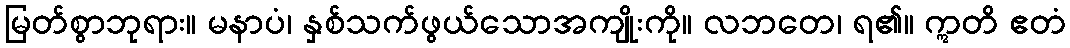
မြတ်စွာဘုရား။ မနာပံ၊ နှစ်သက်ဖွယ်သောအကျိုးကို။ လဘတေ၊ ရ၏။ ဣတိ ဧတံ